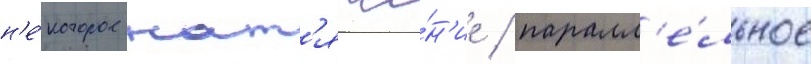
н'е́которое нат'яже́н'ие / паралл'е́льное